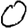
Digit: 0